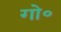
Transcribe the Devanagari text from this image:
गो०